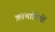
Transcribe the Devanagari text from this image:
क़ाचारियों